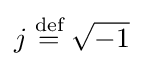
j\mathrel {\stackrel {\text{def}}{=}} {\sqrt {-1}}